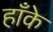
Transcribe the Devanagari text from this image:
हाँके